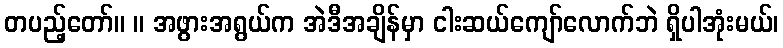
တပည့်တော်။ ။ အဖွားအရွယ်က အဲဒီအချိန်မှာ ငါးဆယ်ကျော်လောက်ဘဲ ရှိပါအုံးမယ်၊